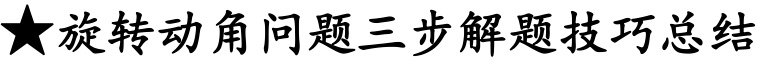
★旋转动角问题三步解题技巧总结